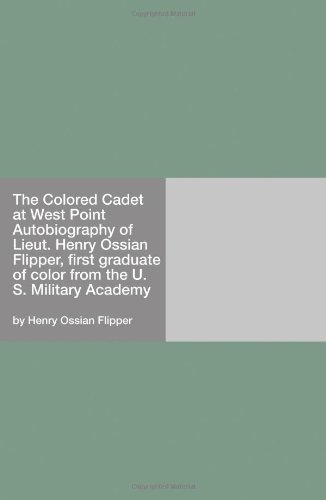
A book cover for The Colored Cadet at West Point Autobiography of Lieut. Henry Ossian Flipper, first graduate of color from the U. S. Military Academy; Henry Ossian Flipper; Engineering & Transportation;